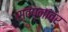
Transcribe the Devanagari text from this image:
स्वप्नांवर